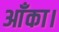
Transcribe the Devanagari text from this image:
आँका।